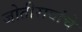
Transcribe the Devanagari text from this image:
जोतीरावांचे